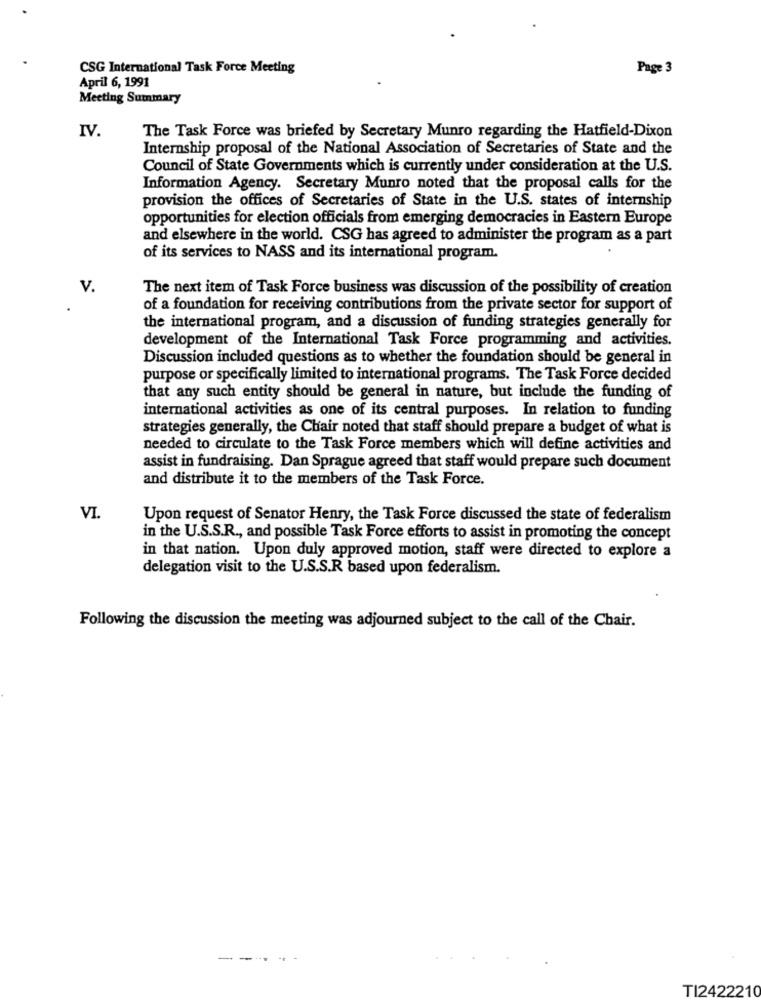
CSG International Task Force Meeting
Page 3
April 6, 1991
Meeting Summary
IV.
The Task Force was briefed by Secretary Munro regarding the Hatfield-Dixon
Internship proposal of the National Association of Secretaries of State and the
Council of State Governments which is currently under consideration at the U.S.
Information Agency. Secretary Munro noted that the proposal calls for the
provision the offices of Secretaries of State in the U.S. states of internship
opportunities for election officials from emerging democracies in Eastern Europe
and elsewhere in the world. CSG has agreed to administer the program as a part
of its services to NASS and its international program.
V.
The next item of Task Force business was discussion of the possibility of creation
of a foundation for receiving contributions from the private sector for support of
the international program, and a discussion of funding strategies generally for
development of the International Task Force programming and activities.
Discussion included questions as to whether the foundation should be general in
purpose or specifically limited to international programs. The Task Force decided
that any such entity should be general in nature, but include the funding of
international activities as one of its central purposes. In relation to funding
strategies generally, the Chair noted that staff should prepare a budget of what is
needed to circulate to the Task Force members which will define activities and
assist in fundraising. Dan Sprague agreed that staff would prepare such document
and distribute it to the members of the Task Force.
VI.
Upon request of Senator Henry, the Task Force discussed the state of federalism
in the U.S.S.R ., and possible Task Force efforts to assist in promoting the concept
in that nation. Upon duly approved motion, staff were directed to explore a
delegation visit to the U.S.S.R based upon federalism.
Following the discussion the meeting was adjourned subject to the call of the Chair.
TI2422210